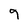
Character: 9